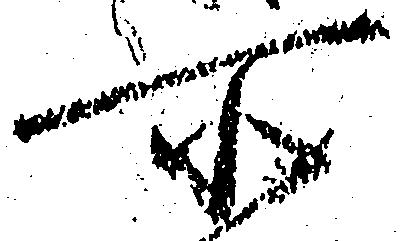
所